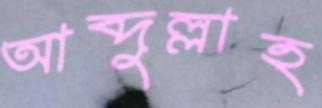
আব্দুল্লাহ